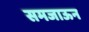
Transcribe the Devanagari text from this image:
समजाऊन